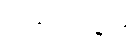
အနုပ္ပါဒဓမ္မာနိ